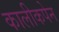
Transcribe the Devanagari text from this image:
कालीकपेन